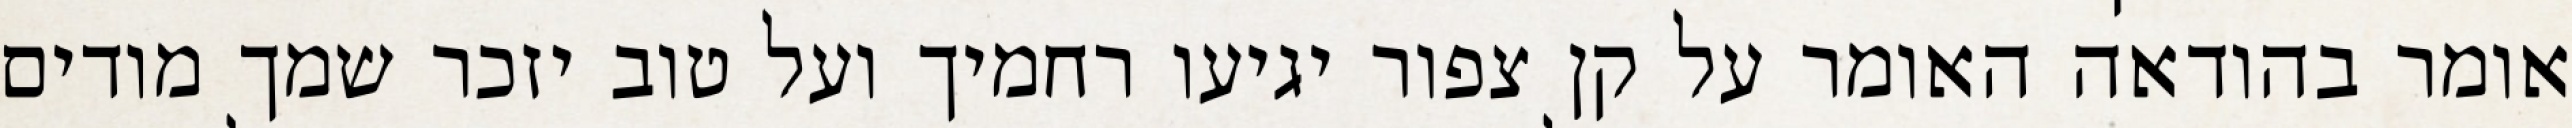
אומר בהודאה האומר על קן צפור יגיעו רחמיך ועל טוב יזכר שמך מודים